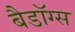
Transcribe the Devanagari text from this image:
बैडॉग्स